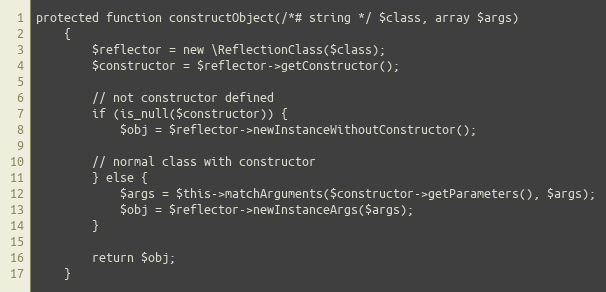
Language: PHP
protected function constructObject(/*# string */ $class, array $args)
    {
        $reflector = new \ReflectionClass($class);
        $constructor = $reflector->getConstructor();

        // not constructor defined
        if (is_null($constructor)) {
            $obj = $reflector->newInstanceWithoutConstructor();

        // normal class with constructor
        } else {
            $args = $this->matchArguments($constructor->getParameters(), $args);
            $obj = $reflector->newInstanceArgs($args);
        }

        return $obj;
    }